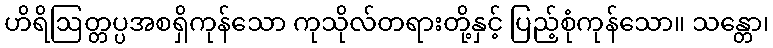
ဟိရိဩတ္တပ္ပအစရှိကုန်သော ကုသိုလ်တရားတို့နှင့် ပြည့်စုံကုန်သော။ သန္တော၊